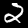
Label: 2